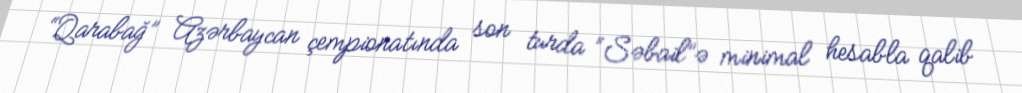
“Qarabağ” Azərbaycan çempionatında son turda “Səbail”ə minimal hesabla qalib